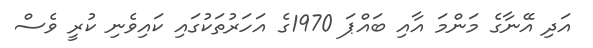
އަދި އޭނާގެ މަންމަ އާއި ބައްޕަ 1970ގެ އަހަރުތަކުގައި ކައިވެނި ކުރީ ވެސް